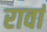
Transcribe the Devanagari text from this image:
रावां